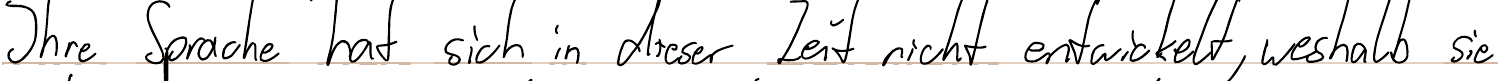
Ihre Sprache hat sich in dieser Zeit nicht entwickelt, weshalb sie